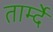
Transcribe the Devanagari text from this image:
तार्म्दे